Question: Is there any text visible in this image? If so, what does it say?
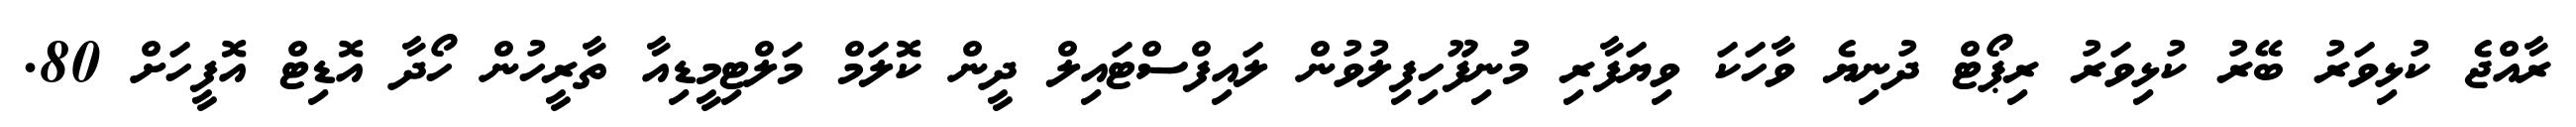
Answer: ރާއްޖެ ކުޅިވަރު ބޭރު ކުޅިވަރު ރިޕޯޓް ދުނިޔެ ވާހަކަ ވިޔަފާރި މުނިފޫހިފިލުވުން ލައިފްސްޓައިލް ދީން ކޮލަމް މަލްޓިމީޑިއާ ތާރީހުން ހޯދާ އޮޑިޓް އޮފީހަށް 80.